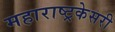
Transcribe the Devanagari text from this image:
महाराष्ट्रकेसरी